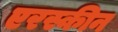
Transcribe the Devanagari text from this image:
एरस्कीन